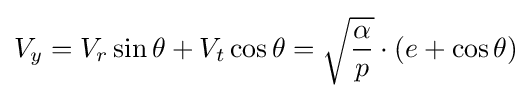
V_{y}=V_{r}\sin \theta +V_{t}\cos \theta ={\sqrt {\frac {\alpha }{p}}}\cdot (e+\cos \theta )